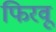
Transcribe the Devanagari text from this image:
फिरवू